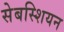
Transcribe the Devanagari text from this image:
सेबस्शियन